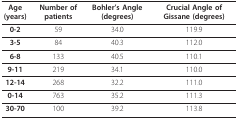
<table><thead><tr><td><b>Age (years)</b></td><td><b>Number of patients</b></td><td><b>Bohler&#x27;s Angle (degrees)</b></td><td><b>Crucial Angle of Gissane (degrees)</b></td></tr></thead><tbody><tr><td><b>0-2</b></td><td>59</td><td>34.0</td><td>119.9</td></tr><tr><td><b>3-5</b></td><td>84</td><td>40.3</td><td>112.0</td></tr><tr><td><b>6-8</b></td><td>133</td><td>40.5</td><td>110.1</td></tr><tr><td><b>9-11</b></td><td>219</td><td>34.1</td><td>110.0</td></tr><tr><td><b>12-14</b></td><td>268</td><td>32.2</td><td>111.0</td></tr><tr><td><b>0-14</b></td><td>763</td><td>35.2</td><td>111.3</td></tr><tr><td><b>30-70</b></td><td>100</td><td>39.2</td><td>113.8</td></tr></tbody></table>